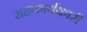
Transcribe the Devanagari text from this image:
सहकार्यकारी